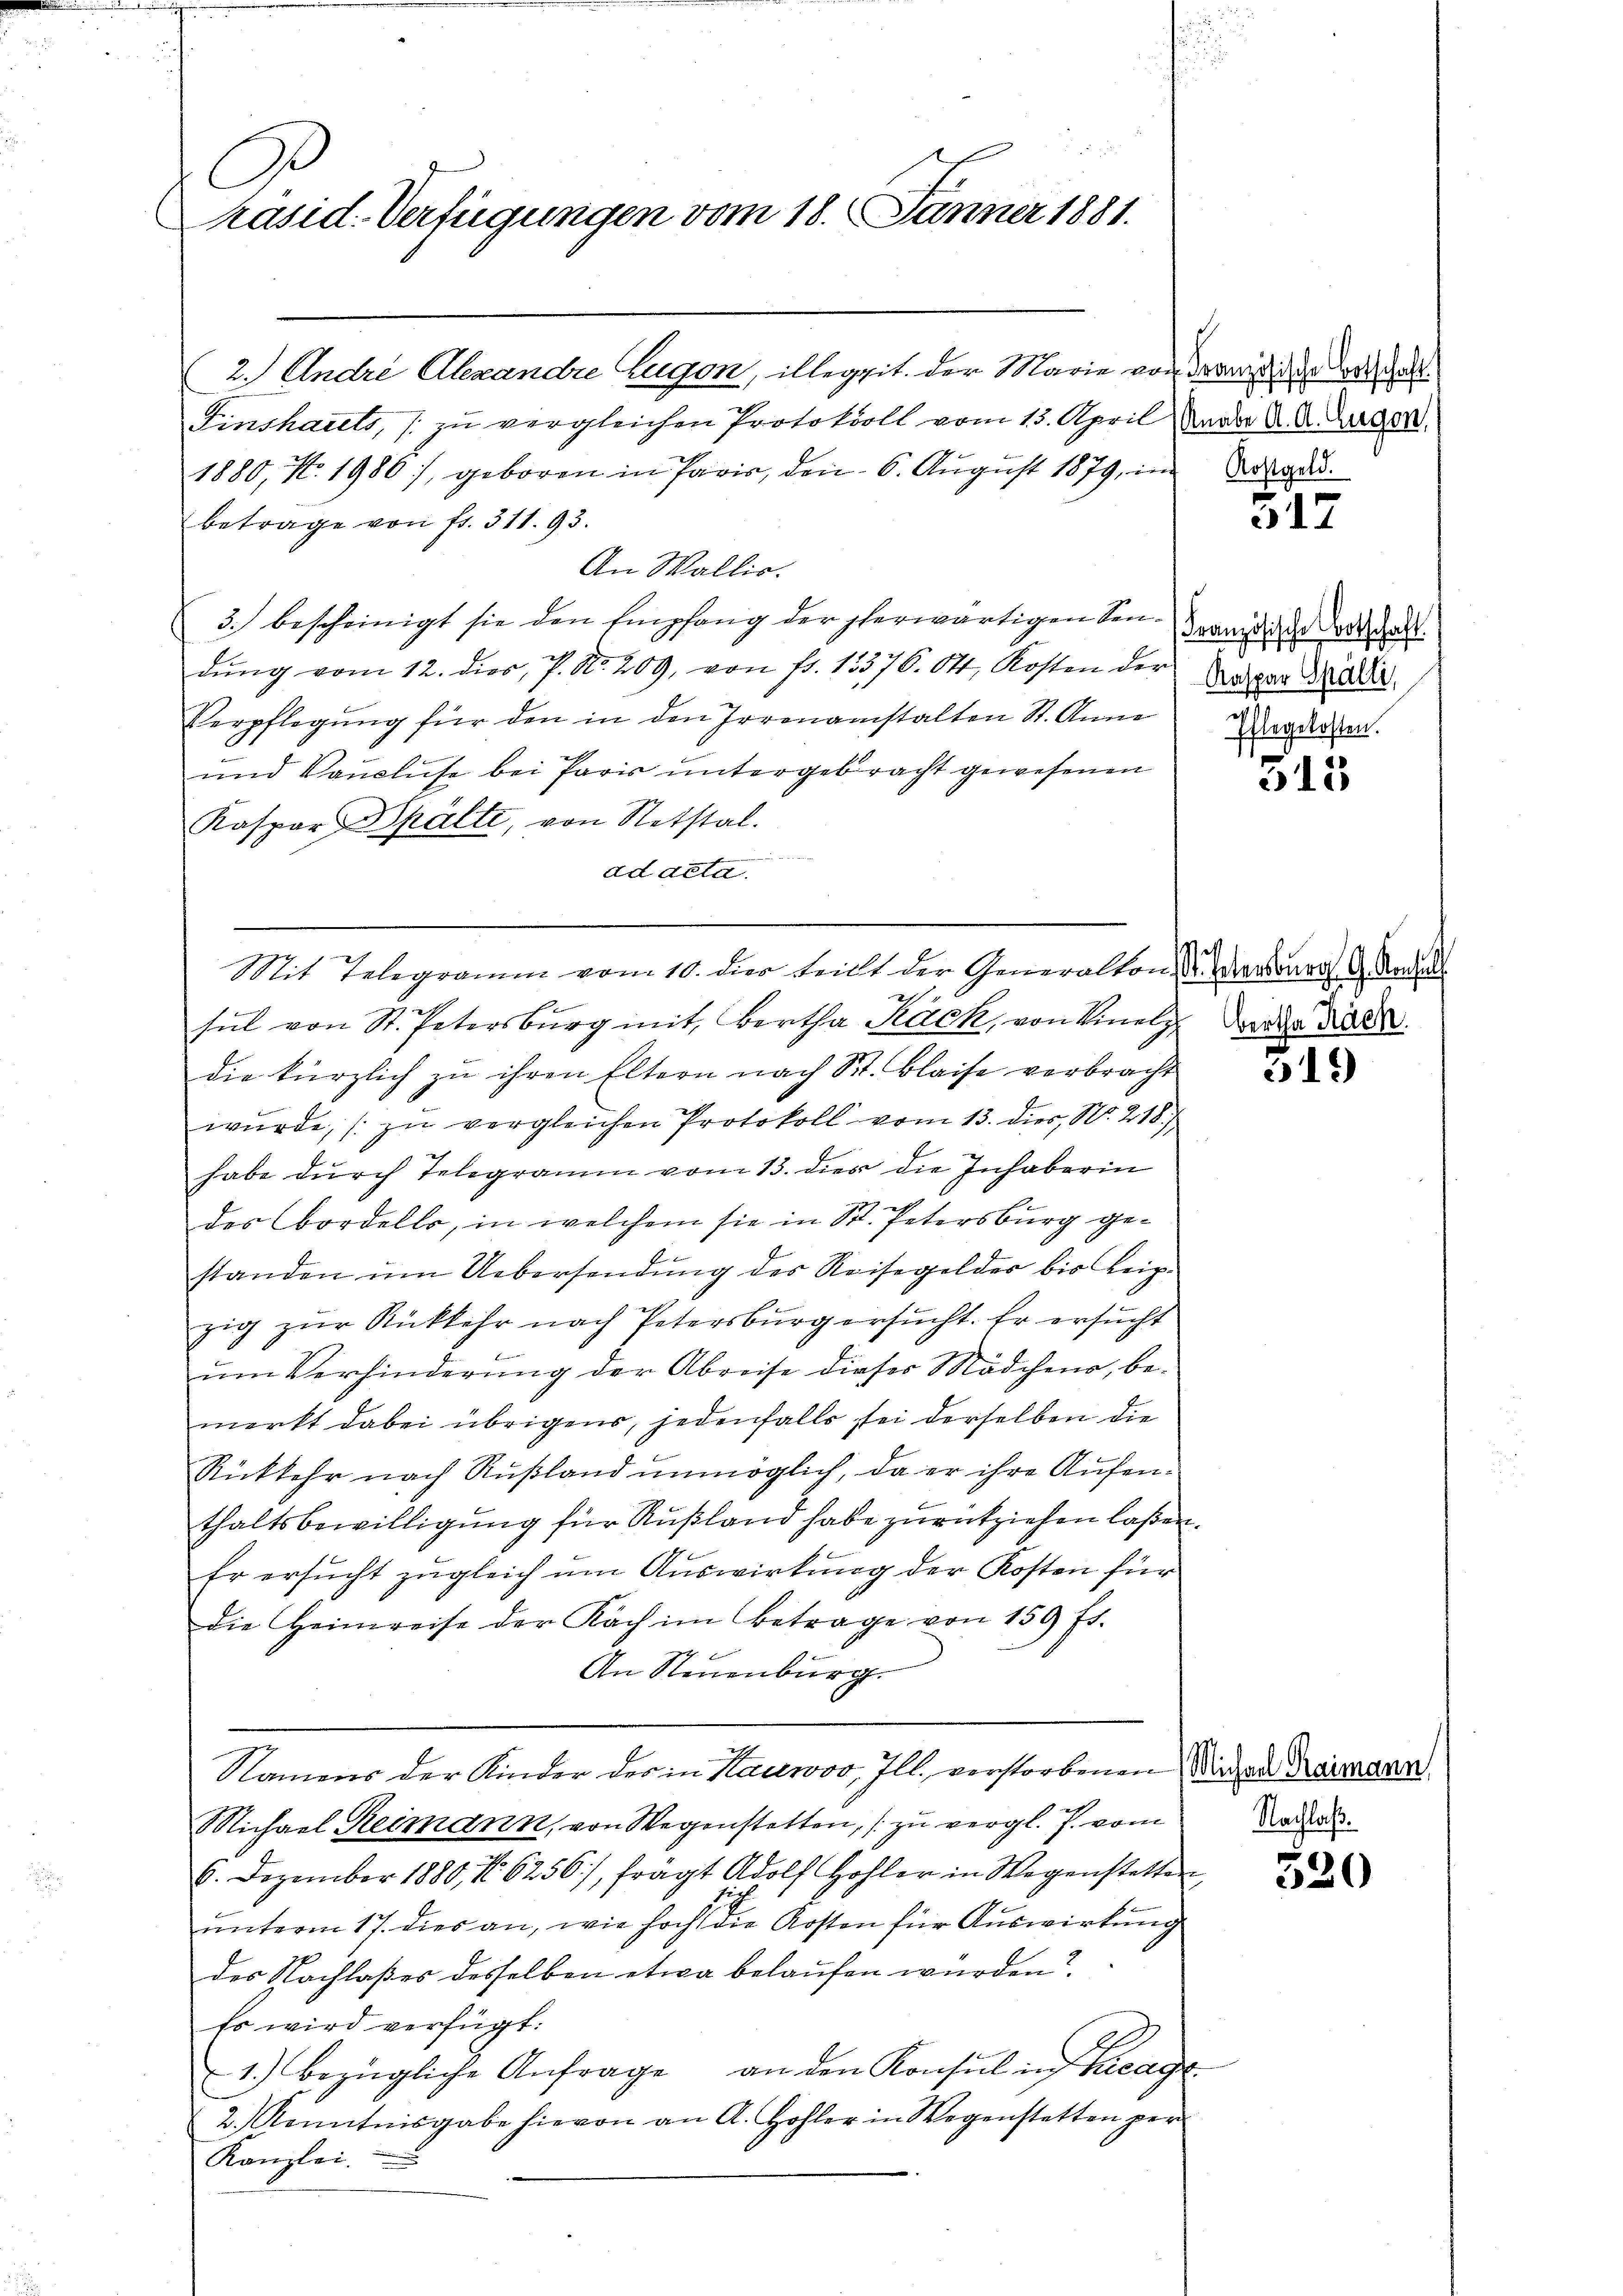
C
hasid. Verfügungen vom 18. Jänner 1881.

(2.) Andre Alexandre Zugon, illegpit. der Marie von
Einscharets, s. zu vergleichen Protokoll vom 15. April, Hander A. A. Lagen.
1880, No. 1986), geboren in Paris, den 6. Aŭgŭst 1879, im
betrage von fr. 311. 93.
An Wallis.
3. bescheinigt sie den Empfang der herwärtigen Sendŭng vom 12. dies, P. Nr. 209, von fr. 13376. 64, Kosten der Lager Made
Verpflegung für den in den Irrenanstalten St. Anna
und Vauluse bei Paris untergebracht gewesenen
Kaspar Spälte, von Stetstal.
ad deta

Mit Telegramm vom 10. dies teilt der Generalton der ordonnes A. Nade

21
sel von St. Petersburg mit Bertha Rock, von Vinelz da diese
die kürzlich zu ihren Eltern nach St. Blaise verbracht
würde, zŭ vergleichen Protokoll vom 13. dies, N. 218.
habe durch Telegramm vom 13. dies die Inhaberin
2
des Bordello, in welchem sie in St. Petersburg gestanden ŭm Uebersendung des Reisegelder bis Leip
zig zur Rückkehr nach Petersburg ersucht. Er ersucht
ŭm Verhinderŭng der Abreise dieser Mädchens, be-
merkt dabei übrigens, jedenfalls sei derselben die
Rückkehr nach Rußland unmöglich, da er ihre Aufenthaltsbewilligung für Rußland habe zurückziehen laßen.
Er ersucht zugleich um Auswirkung der Kosten für
die Heimreise der Kach im Betrage von 159 ff.
An Neuenburg.
Namens der Kinder des in Kauwov, Ill. verstorbenen Minden Raingan
Michael Reimann, von Wegenstetten, zu vergl. J. vom
6. Dezember 1880, No 6256), frägt Adolf Hohler in Wegenstette
unterm 17. dies an, wie hoch die Kosten für Auswirkung
des Nachlaßes desselben etwa belaufen wurden?
Es wird verfügt:
1.) bezügliche Anfrage an den Konsul in Recage
2. Kenntnisgabe hievon an A. Hohler in Wegenstetten per
Kanzlei.

Französische Ortschaft.
Kostgeld.

317.

Französische Botschaft.
sten.

315

519)

Nachlaß.

520